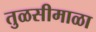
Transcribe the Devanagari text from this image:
तुळसीमाळा